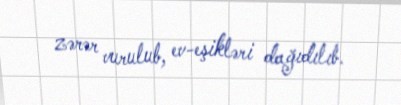
zərər vurulub, ev-eşikləri dağıdılıb.